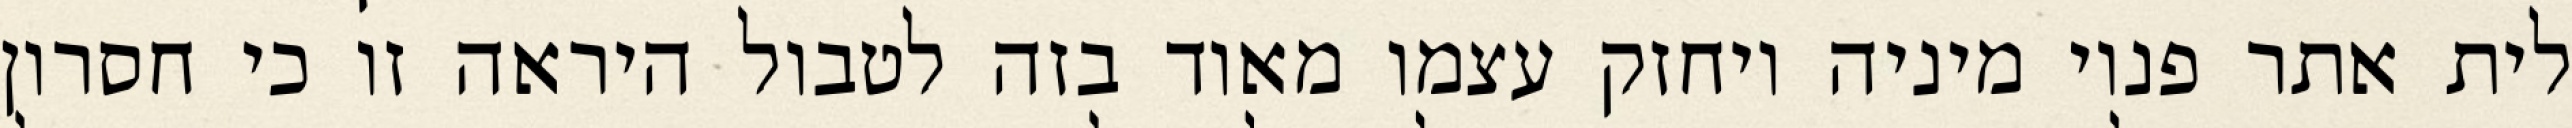
לית אתר פנוי מיניה ויחזק עצמו מאוד בזה לטבול היראה זו כי חסרון